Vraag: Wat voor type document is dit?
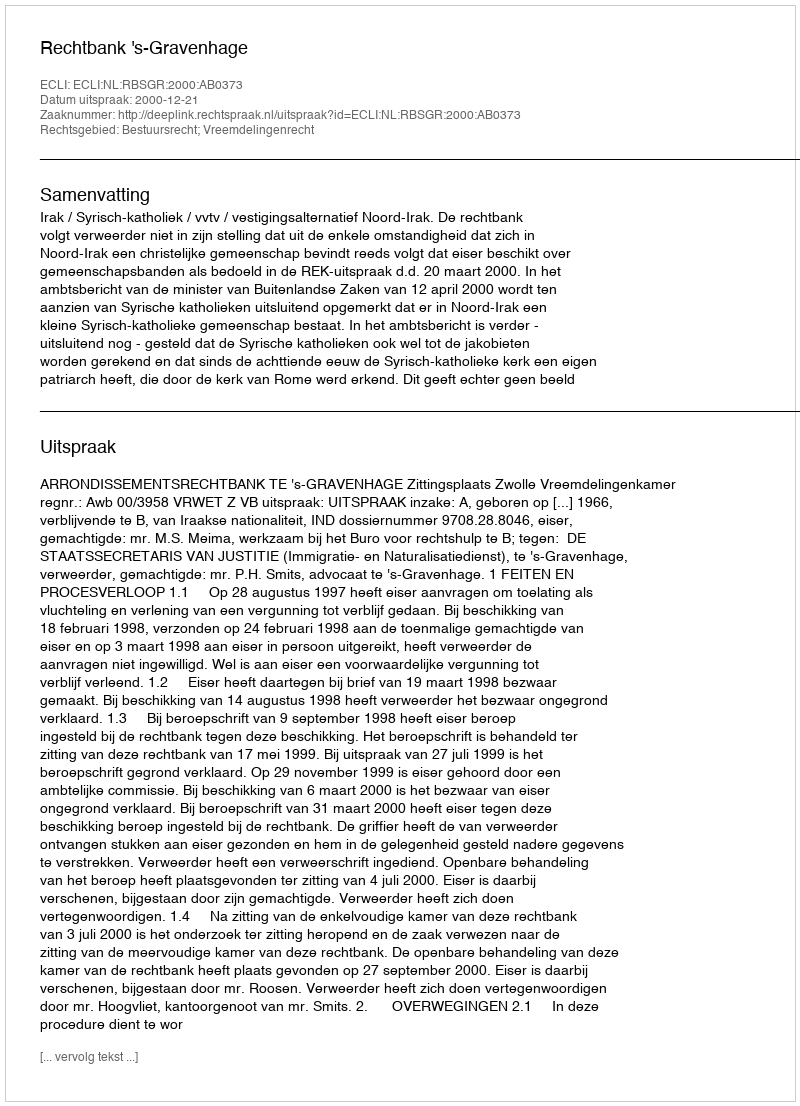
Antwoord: Uitspraak